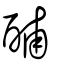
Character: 酺